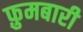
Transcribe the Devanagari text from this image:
फ़ुमबारी